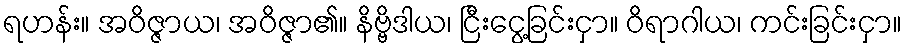
ရဟန်း။ အဝိဇ္ဇာယ၊ အဝိဇ္ဇာ၏။ နိဗ္ဗိဒါယ၊ ငြီးငွေ့ခြင်းငှာ။ ဝိရာဂါယ၊ ကင်းခြင်းငှာ။